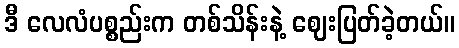
ဒီ လေလံပစ္စည်းက တစ်သိန်းနဲ့ ဈေးပြတ်ခဲ့တယ်။